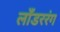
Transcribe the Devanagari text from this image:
लाँडररंग